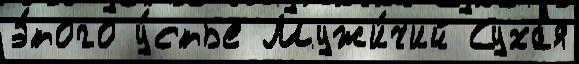
э́того у́стье Мужи́чий Суха́я